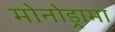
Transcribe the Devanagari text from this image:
मोनोड्रामा